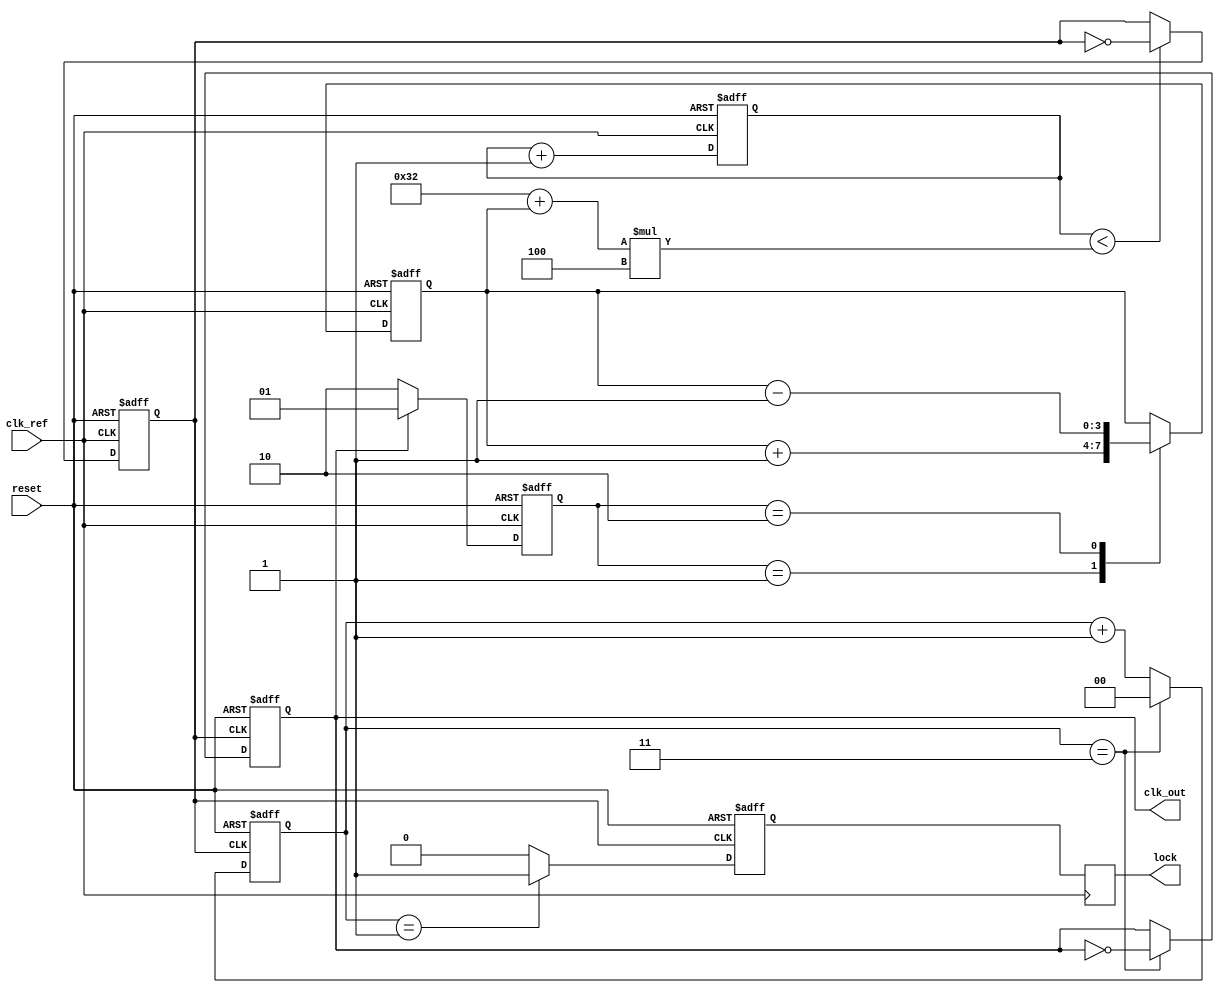
module PLL (
    input wire clk_ref,       // Reference clock input
    input wire reset,         // Asynchronous reset
    output reg clk_out,       // Output clock
    output reg lock           // Lock indicator
);
    // Parameters for the PLL
    parameter DIV_RATIO = 4;  // Division ratio for the feedback divider
    parameter VCO_FREQ_MAX = 200; // Max VCO frequency in MHz
    parameter VCO_FREQ_MIN = 50;  // Min VCO frequency in MHz

    // Internal signals
    reg [1:0] phase_error;     // Phase error from the phase detector
    wire [3:0] control_voltage; // Control voltage for VCO
    reg vco_output;             // VCO output before dividing
    reg [3:0] vco_counter;      // VCO counter for frequency generation
    reg lock_detected;          // Temporary lock detection indicator

    // Phase Detector (PD) - Simple example
    always @(posedge clk_ref or posedge reset) begin
        if (reset) begin
            phase_error <= 2'b00;
        end else begin
            // Phase detection logic (simple)
            if (clk_out) begin
                phase_error <= 2'b01; // Output leads reference
            end else begin
                phase_error <= 2'b10; // Output lags reference
            end
        end
    end

    // Loop Filter (LF) - Integrator
    always @(posedge clk_ref or posedge reset) begin
        if (reset) begin
            control_voltage <= 4'b0011; // Initial control voltage
        end else begin
            // Control voltage adjustment logic based on phase error
            case (phase_error)
                2'b01: control_voltage <= control_voltage + 1; // Increase voltage
                2'b10: control_voltage <= control_voltage - 1; // Decrease voltage
                default: control_voltage <= control_voltage; // No change
            endcase
        end
    end

    // Voltage-Controlled Oscillator (VCO)
    always @(posedge clk_ref or posedge reset) begin
        if (reset) begin
            vco_counter <= 4'b0000;
            vco_output <= 1'b0;
        end else begin
            // Simple VCO frequency control based on control_voltage
            if (vco_counter < (VCO_FREQ_MIN + control_voltage) * 4) begin
                vco_output <= ~vco_output; // Toggle output to generate clock
            end
            vco_counter <= vco_counter + 1;
        end
    end

    // Divider
    reg [1:0] div_counter; // Divider counter
    always @(posedge vco_output or posedge reset) begin
        if (reset) begin
            div_counter <= 2'b00;
            clk_out <= 1'b0;
            lock_detected <= 1'b0;
        end else begin
            if (div_counter == DIV_RATIO - 1) begin
                clk_out <= ~clk_out; // Generate divided clock output
                div_counter <= 2'b00;
            end else begin
                div_counter <= div_counter + 1;
            end
            
            // Lock detection logic (simple)
            if (div_counter == (DIV_RATIO >> 1) - 1) begin
                lock_detected <= 1'b1; // Lock when halfway through
            end else begin
                lock_detected <= 1'b0;
            end
        end
    end

    // Lock indicator
    always @(posedge clk_ref) begin
        lock <= lock_detected;
    end
endmodule